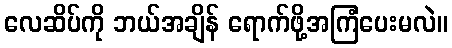
လေဆိပ်ကို ဘယ်အချိန် ရောက်ဖို့အကြံပေးမလဲ။